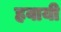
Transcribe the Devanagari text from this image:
हवायी